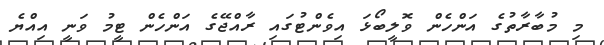
މި މުބާރާތުގެ އަންހެން ވޮލީބޯޅަ އިވެންޓުގައި ރާއްޖޭގެ އަންހެން ޓީމު ވަނީ އިއްޔެ